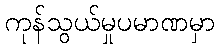
ကုန်သွယ်မှုပမာဏမှာ